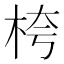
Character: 桍